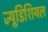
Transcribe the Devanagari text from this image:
ज्यूडिशियल